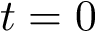
t = 0